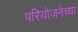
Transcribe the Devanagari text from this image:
परियोजनेच्या